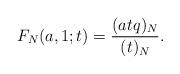
LaTeX: \begin{align*}F_N(a,1;t)=\frac{(atq)_N}{(t)_N}.\end{align*}